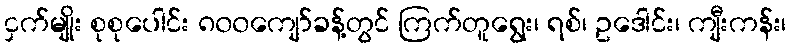
ငှက်မျိုး စုစုပေါင်း ၈၀၀ကျော်ခန့်တွင် ကြက်တူရွေး၊ ရစ်၊ ဥဒေါင်း၊ ကျီးကန်း၊